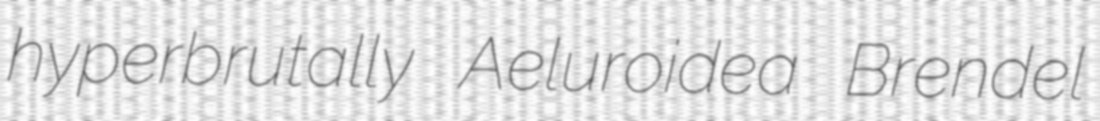
hyperbrutally Aeluroidea Brendel